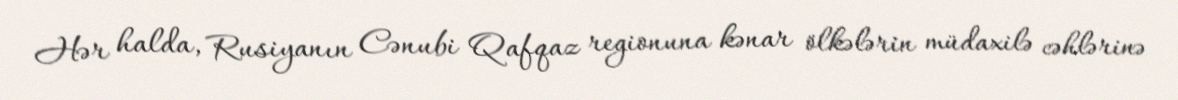
Hər halda, Rusiyanın Cənubi Qafqaz regionuna kənar ölkələrin müdaxilə cəhlərinə